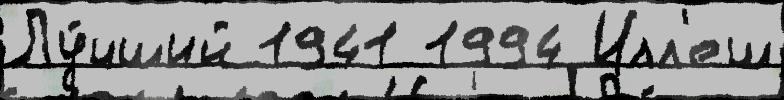
Лу́чший 1941 1994 Илл'еш